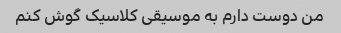
من دوست دارم به موسیقی کلاسیک گوش کنم